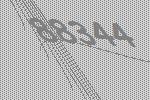
88344